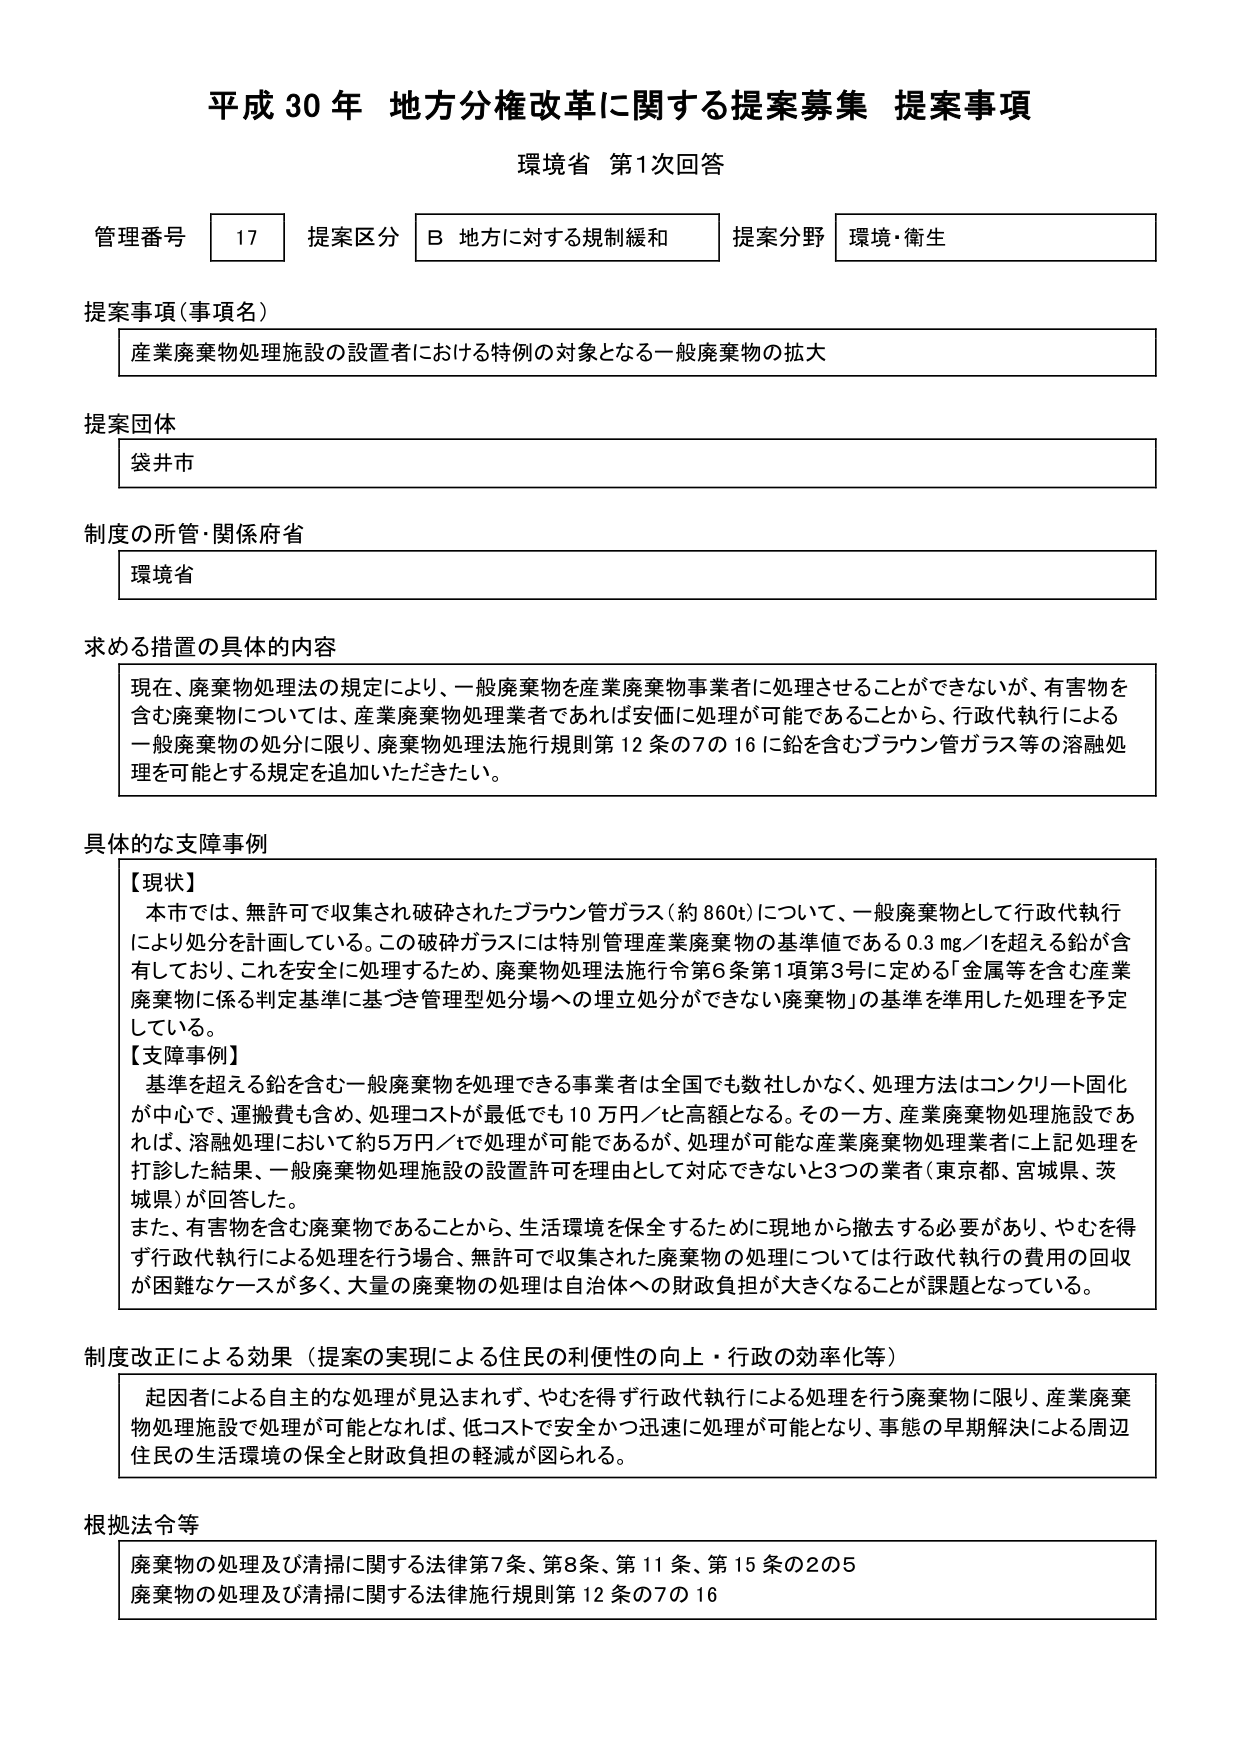
平成30年 地方分権改革に関する提案募集 提案事項
環境省 第1次回答

管理番号 17 提案区分 B 地方に対する規制緩和 提案分野 環境・衛生

提案事項（事項名）
産業廃棄物処理施設の設置者における特例の対象となる一般廃棄物の拡大

提案団体
袋井市

制度の所管・関係府省
環境省

求める措置の具体的内容
現在、廃棄物処理法の規定により、一般廃棄物を産業廃棄物事業者に処理させることができないが、有害物を含む廃棄物については、産業廃棄物処理業者であれば安価に処理が可能であることから、行政代執行による一般廃棄物の処分に限り、廃棄物処理法施行規則第12条の7の16に鉛を含むブラウン管ガラス等の溶融処理を可能とする規定を追加いただきたい。

具体的な支障事例
【現状】
本市では、無許可で収集され破砕されたブラウン管ガラス（約860t）について、一般廃棄物として行政代執行により処分を計画している。この破砕ガラスには特別管理産業廃棄物の基準値である0.3mg/lを超える鉛が含有しており、これを安全に処理するため、廃棄物処理法施行令第6条第1項第3号に定める「金属等を含む産業廃棄物に係る判定基準に基づき管理型処分場への埋立処分ができない廃棄物」の基準を準用した処理を予定している。
【支障事例】
基準を超える鉛を含む一般廃棄物を処理できる事業者は全国でも数社しかなく、処理方法はコンクリート固化が中心で、運搬費も含め、処理コストが最低でも10万円／tと高額となる。その一方、産業廃棄物処理施設であれば、溶融処理において約5万円／tで処理が可能であるが、処理が可能な産業廃棄物処理業者に上記処理を打診した結果、一般廃棄物処理施設の設置許可を理由として対応できないと3つの業者（東京都、宮城県、茨城県）が回答した。
また、有害物を含む廃棄物であることから、生活環境を保全するために現地から撤去する必要があり、やむを得ず行政代執行による処理を行う場合、無許可で収集された廃棄物の処理については行政代執行の費用の回収が困難なケースが多く、大量の廃棄物の処理は自治体への財政負担が大きくなることが課題となっている。

制度改正による効果（提案の実現による住民の利便性の向上・行政の効率化等）
起因者による自主的な処理が見込まれず、やむを得ず行政代執行による処理を行う廃棄物に限り、産業廃棄物処理施設で処理が可能となれば、低コストで安全かつ迅速に処理が可能となり、事態の早期解決による周辺住民の生活環境の保全と財政負担の軽減が図られる。

根拠法令等
廃棄物の処理及び清掃に関する法律第7条、第8条、第11条、第15条の2の5
廃棄物の処理及び清掃に関する法律施行規則第12条の7の16